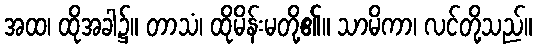
အထ၊ ထိုအခါ၌။ တာသံ၊ ထိုမိန်းမတို့၏။ သာမိကာ၊ လင်တို့သည်။